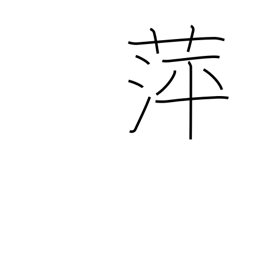
Meaning: floating plants